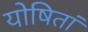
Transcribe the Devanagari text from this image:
योषितां